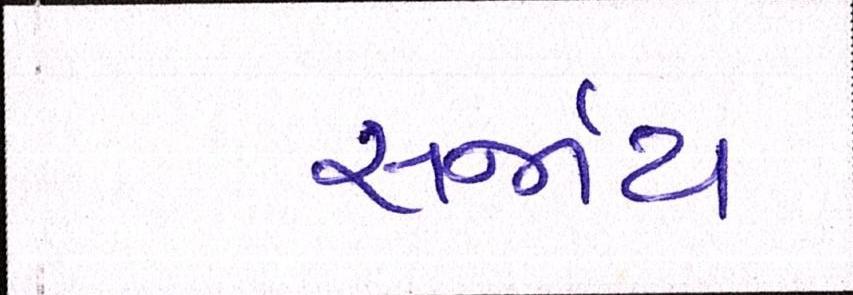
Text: સર્જાય